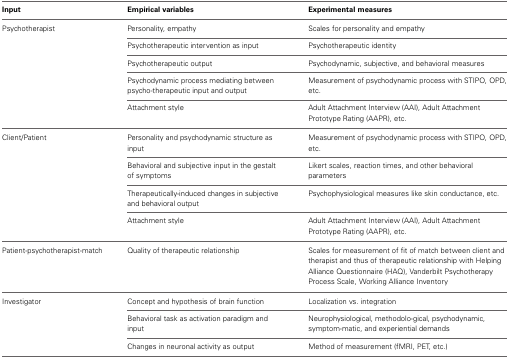
| Input | Empirical variables | Experimental measures |
 | --- | --- | --- |
 | Psychotherapist | Personality, empathy | Scales for personality and empathy |
 |  | Psychotherapeutic intervention as input | Psychotherapeutic identity |
 |  | Psychotherapeutic output | Psychodynamic, subjective, and behavioral measures |
 |  | Psychodynamic process mediating between psycho-therapeutic input and output | Measurement of psychodynamic process with STIPO, OPD, etc. |
 |  | Attachment style | Adult Attachment Interview (AAI), Adult Attachment Prototype Rating (AAPR), etc. |
 | Client/Patient | Personality and psychodynamic structure as input | Measurement of psychodynamic process with STIPO, OPD, etc. |
 |  | Behavioral and subjective input in the gestalt of symptoms | Likert scales, reaction times, and other behavioral parameters |
 |  | Therapeutically-induced changes in subjective and behavioral output | Psychophysiological measures like skin conductance, etc. |
 |  | Attachment style | Adult Attachment Interview (AAI), Adult Attachment Prototype Rating (AAPR), etc. |
 | Patient-psychotherapist-match | Quality of therapeutic relationship | Scales for measurement of fit of match between client and therapist and thus of therapeutic relationship with Helping Alliance Questionnaire (HAQ), Vanderbilt Psychotherapy Process Scale, Working Alliance Inventory |
 | Investigator | Concept and hypothesis of brain function | Localization vs. integration |
 |  | Behavioral task as activation paradigm and input | Neurophysiological, methodolo-gical, psychodynamic, symptom-matic, and experiential demands |
 |  | Changes in neuronal activity as output | Method of measurement (fMRI, PET, etc.) |